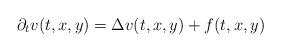
LaTeX: \begin{align*} \partial_{t}v(t,x,y)=\Delta v(t,x,y)+f(t,x,y)\end{align*}